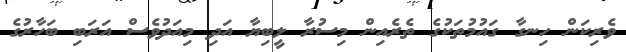
ވެރިކަން ހިނގާ ގައުމުތަކުގެ ތެރެއިން މިސުރާ ލީބިޔާ އަދި މިއަދުވެސް އަރަބި ބަހާރުގެ